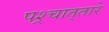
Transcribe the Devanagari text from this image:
पश्र्चात्‌तारे